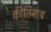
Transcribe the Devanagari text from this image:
कीर्तिनाथ